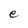
Character: e